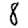
Digit: 8